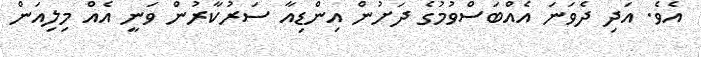
އެވެ. އަދި ދެވަނަ އެއްބަސްވުމުގެ ދަށުން އިންޑިއާ ސަރުކާރުން ވަނީ އެއް މިލިއަން